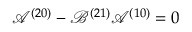
\mathcal { A } ^ { ( 2 0 ) } - \mathcal { B } ^ { ( 2 1 ) } \mathcal { A } ^ { ( 1 0 ) } = 0